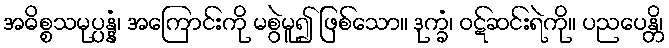
အဓိစ္စသမုပ္ပန္နံ၊ အကြောင်းကို မစွဲမူ၍ ဖြစ်သော။ ဒုက္ခံ၊ ဝဋ်ဆင်းရဲကို။ ပညပေန္တိ၊